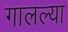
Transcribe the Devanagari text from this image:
गालल्या